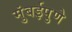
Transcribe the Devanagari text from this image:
मुंबईपुणे